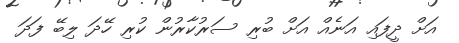
އަށް ދީފައި އަނެއް އަށް ބުރި ސަރުކާރުން ކުރި ހޭދަ ލިބޭ ފަދަ